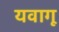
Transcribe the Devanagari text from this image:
यवागू